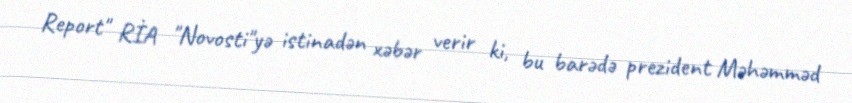
Report" RİA "Novosti"yə istinadən xəbər verir ki, bu barədə prezident Məhəmməd